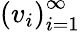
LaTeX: \left(v_{i}\right)_{i=1}^{\infty}